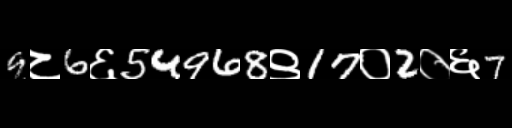
Text: 9८6६54968९17०2०६7